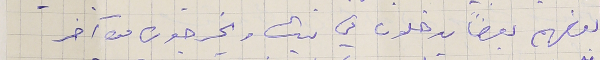
بعضهم بعضاً يدخلون في بيت ويخرجون من آخر